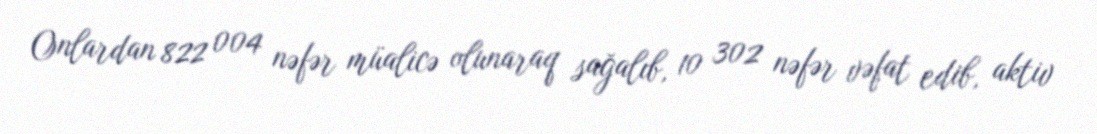
Onlardan 822 004 nəfər müalicə olunaraq sağalıb, 10 302 nəfər vəfat edib, aktiv